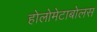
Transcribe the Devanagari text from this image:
होलोमेटाबोलस